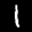
Label: 1